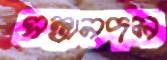
সন্তানদল